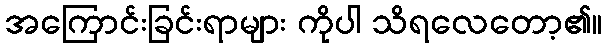
အကြောင်းခြင်းရာများ ကိုပါ သိရလေတော့၏။